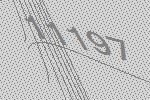
11197